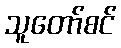
သူတော်စင်